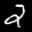
Label: 2